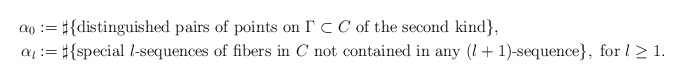
\begin{align*}\alpha_0&:=\sharp\{\mbox{distinguished pairs of points on $\Gamma\subset C$ of the second kind}\},\\\alpha_l&:=\sharp\{\textrm{special }l\textrm{-sequences of fibers in }C\textrm{ not contained in any }(l+1)\textrm{-sequence}\},\textrm{ for }l\geq 1.\end{align*}